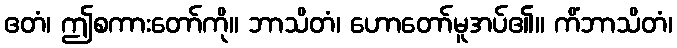
ဧတံ၊ ဤစကားတော်ကို။ ဘာသိတံ၊ ဟောတော်မူအပ်၏။ ကိံဘာသိတံ၊